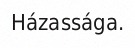
Házassága.